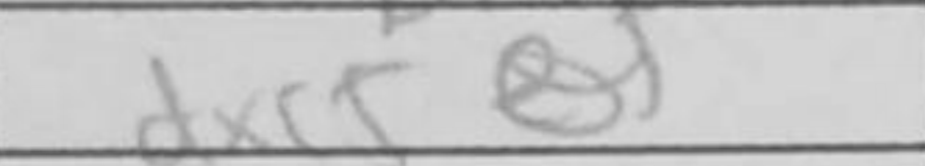
Transcription: dxc5